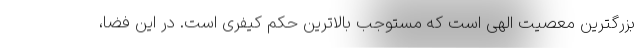
بزرگترین معصیت الهی است که مستوجب بالاترین حکم کیفری است. در این فضا،